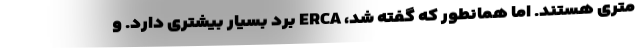
متری هستند. اما همانطور که گفته شد، ERCA برد بسیار بیشتری دارد. و